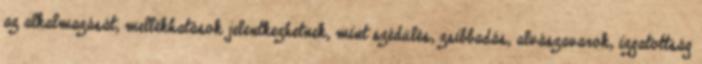
az alkalmazását, mellékhatások jelentkezhetnek, mint szédülés, zsibbadás, alvászavarok, izgatottság